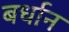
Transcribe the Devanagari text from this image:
बर्धान